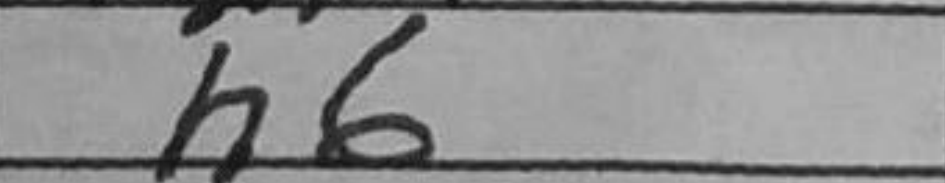
Transcription: h6